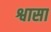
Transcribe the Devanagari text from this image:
श्वासा